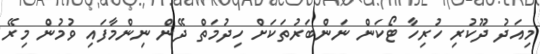
މިއަދު ދޫކުރި ހުރިހާ ޓޯކަން ނަންބަރުތަކަށް ހިދުމަތް ދޭން ނިންމާފައި ވުމުން މިރޭ